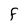
Character: f